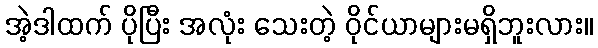
အဲ့ဒါထက် ပိုပြီး အလုံး သေးတဲ့ ဝိုင်ယာများမရှိဘူးလား။